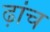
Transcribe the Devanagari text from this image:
ढ़ांच